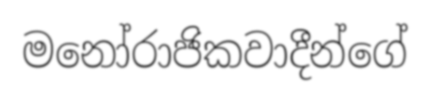
මනෝරාජිකවාදීන්ගේ